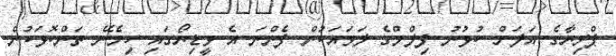
ޕްރިޔާގެ އަލަށް ކުޅުނު ފިލްމްގެ ލަވައަކުން ފެންނަ އެ ވީޑިޔޯގައި ހިމެނޭ ތަންކޮޅަކުން